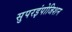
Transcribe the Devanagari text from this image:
सुपरइंपोजिशन